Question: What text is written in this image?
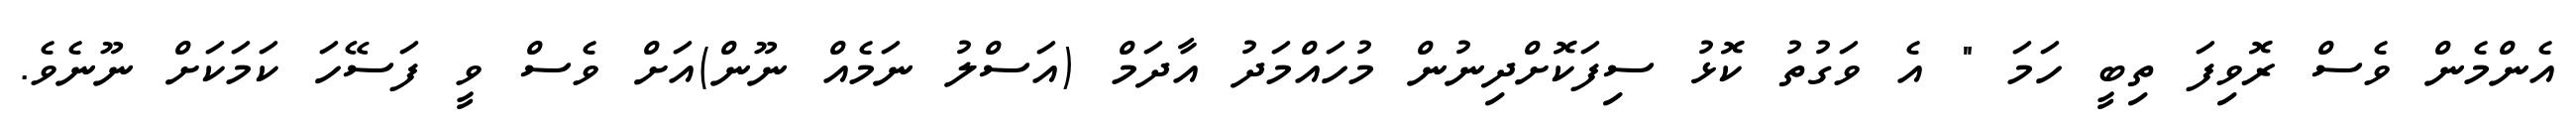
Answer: އެންމެން ވެސް ރޮވިފަ ތިބީ ހަމަ " އެ ވަގުތު ކޮޅު ސިފަކޮށްދިނުން މުހައްމަދު އާދަމް (އަސްލު ނަމެއް ނޫން)އަށް ވެސް ވީ ފަސޭހަ ކަމަކަށް ނޫނެވެ.